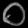
Digit: ၀